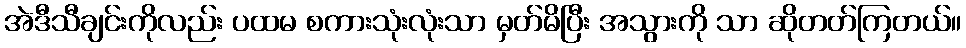
အဲဒီသီချင်းကိုလည်း ပထမ စကားသုံးလုံးသာ မှတ်မိပြီး အသွားကို သာ ဆိုတတ်ကြတယ်။